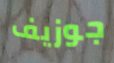
جوزيف